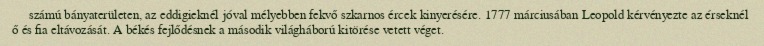
számú bányaterületen, az eddigieknél jóval mélyebben fekvő szkarnos ércek kinyerésére. 1777 márciusában Leopold kérvényezte az érseknél ő és fia eltávozását. A békés fejlődésnek a második világháború kitörése vetett véget.